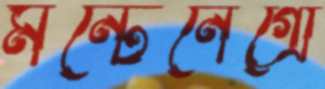
মন্টেনেগ্রো